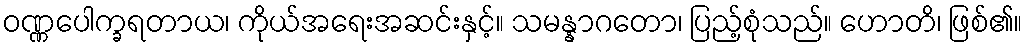
ဝဏ္ဏပေါက္ခရတာယ၊ ကိုယ်အရေးအဆင်းနှင့်။ သမန္နာဂတော၊ ပြည့်စုံသည်။ ဟောတိ၊ ဖြစ်၏။